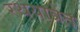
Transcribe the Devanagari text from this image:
रथयात्रेत